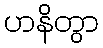
ဟနိတွာ